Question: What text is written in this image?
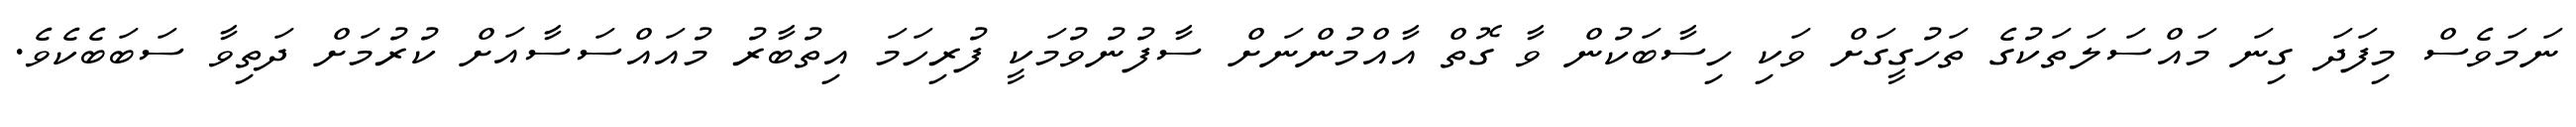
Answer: ނަމަވެސް މިފަދަ ގިނަ މައްސަލަތަކުގެ ތަހުގީގަށް ވަކި ހިސާބަކުން ވާ ގޮތް އާއްމުންނަށް ސާފުނުވުމަކީ ފުރިހަމަ އިތުބާރު މުއައްސަސާއަށް ކުރުމަށް ދަތިވާ ސަބަބެކެވެ.